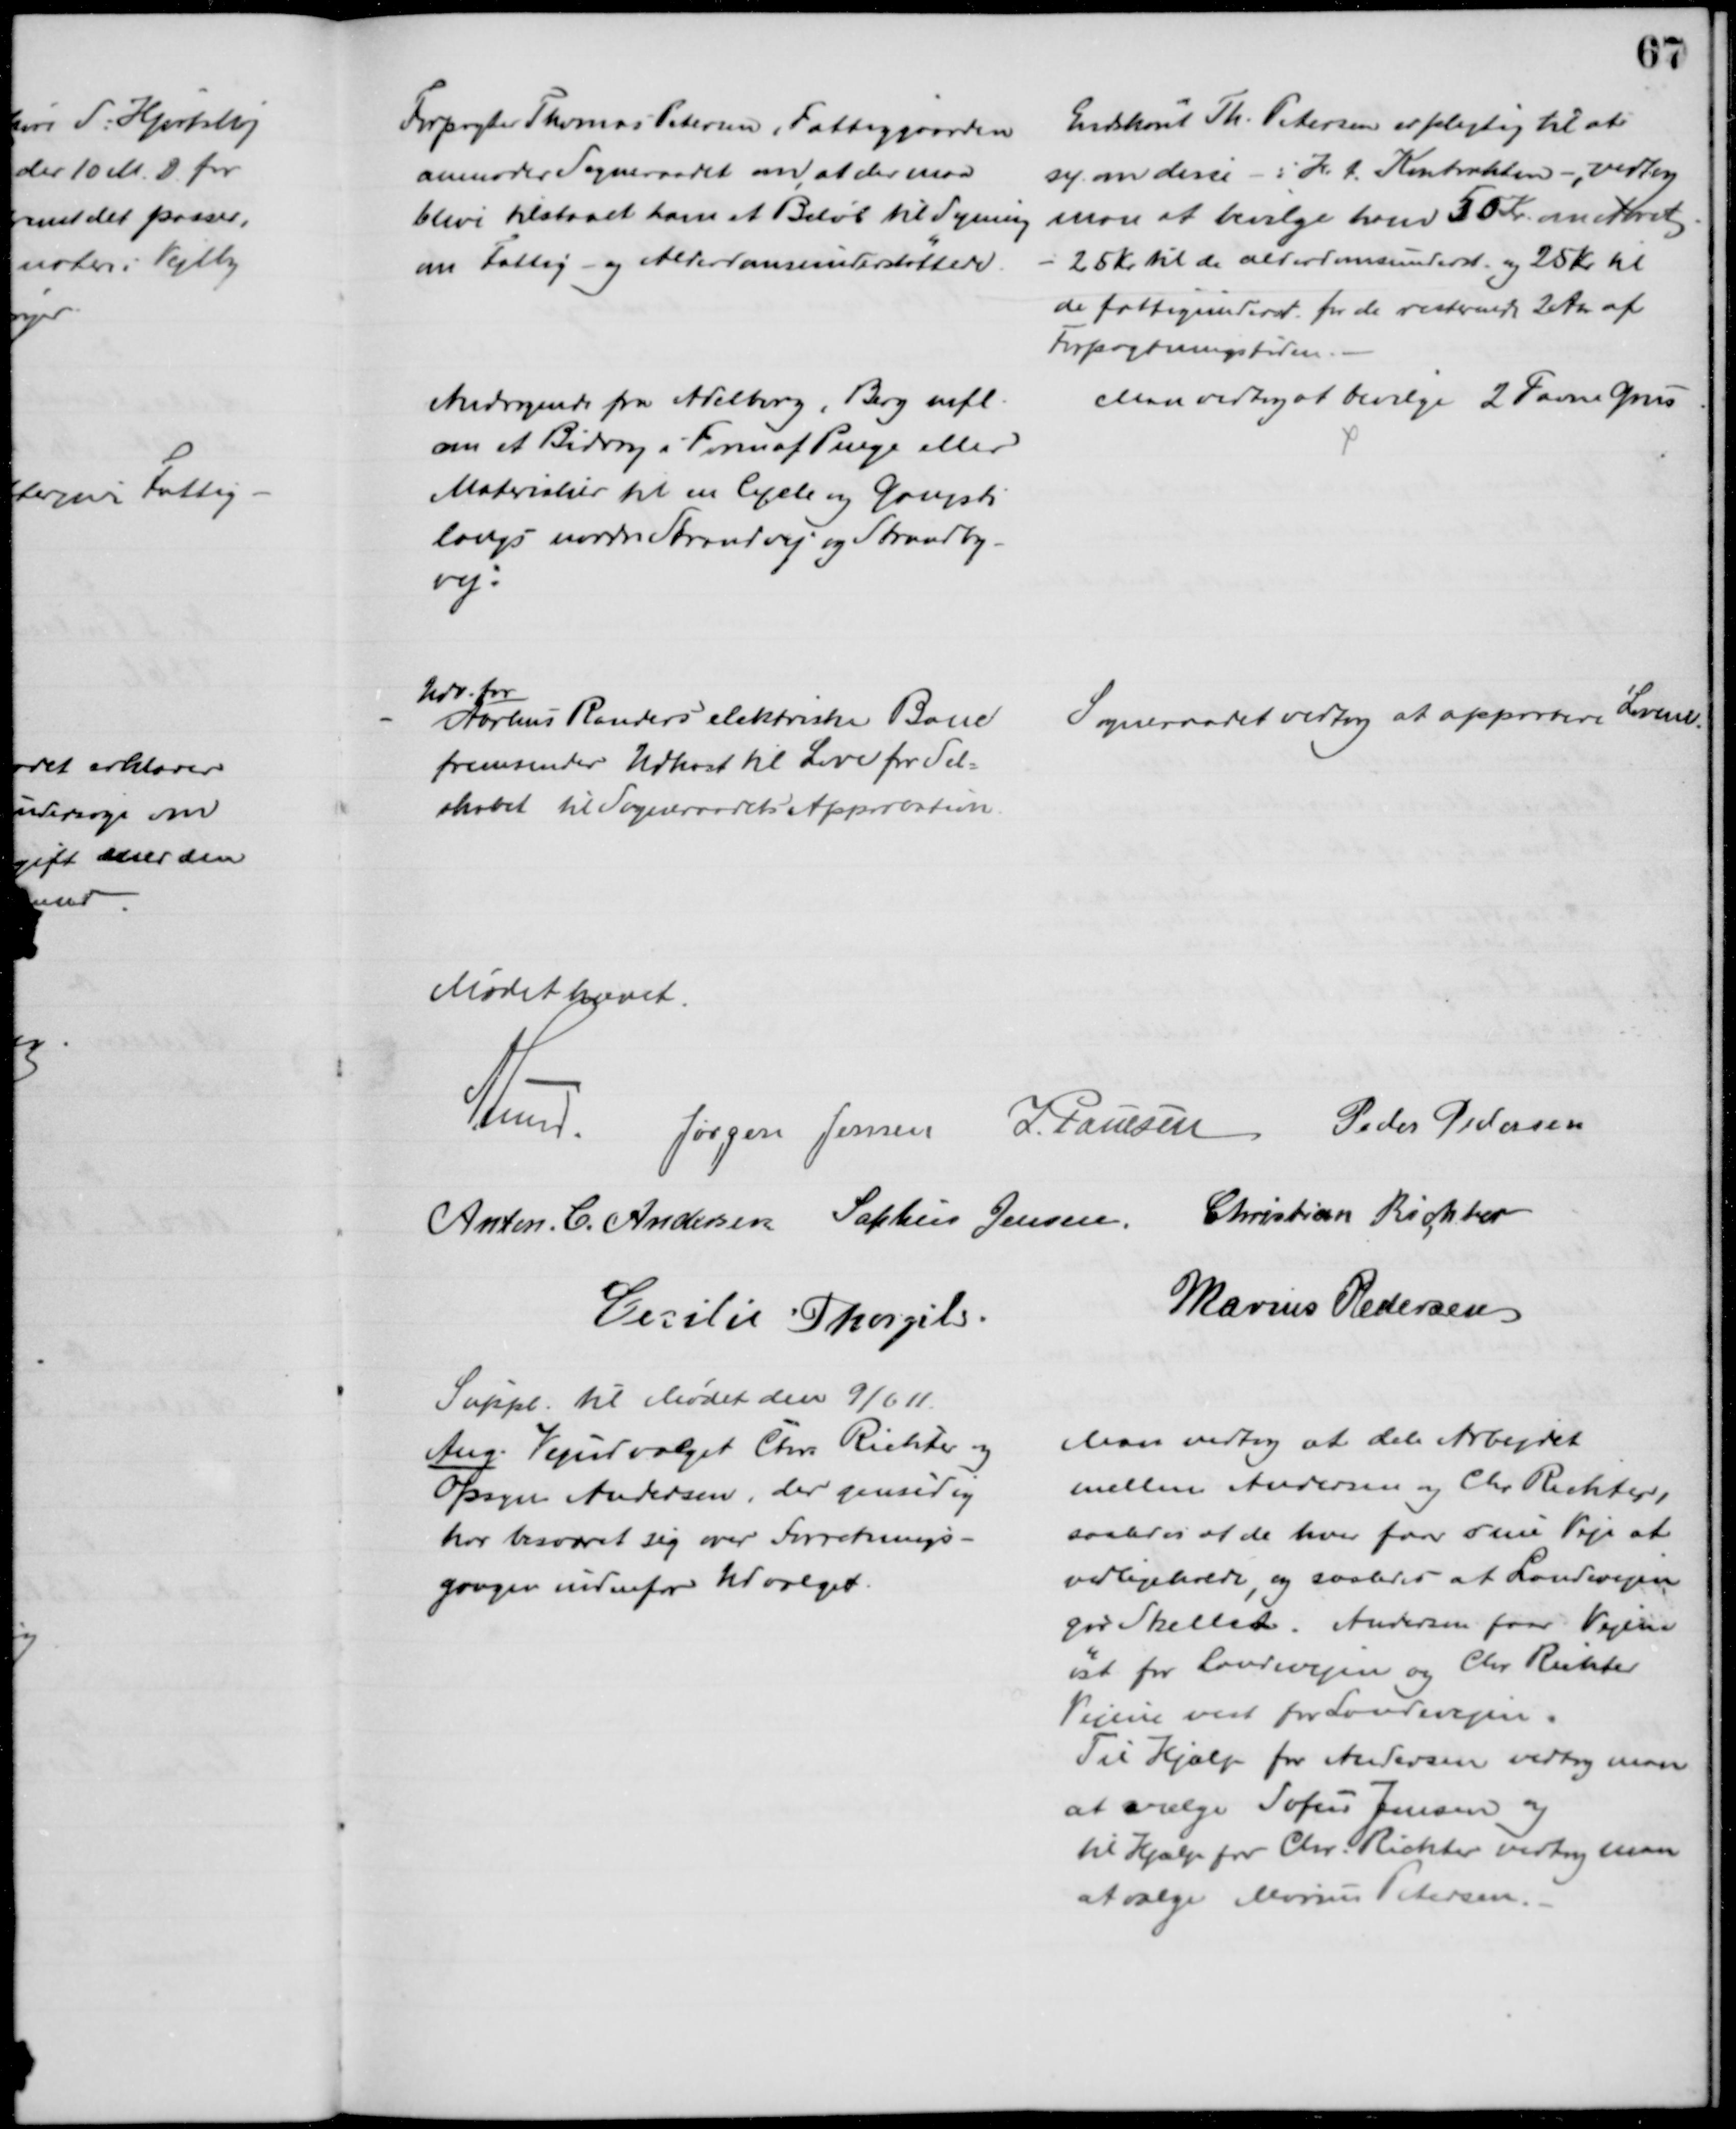
Transskription:
Forpagter Thomas Petersen, Fattiggaarden
anmoder Sogneraadet om, at der maa
blive tilstaaet ham et Beløb til Syning 
om Fattig- og Alderdomsunderstøttede.
Endskønt Th. Petersen er pligtig til at
sy om disse - i H. t. Kontrakten - vedtog
man at bevilge ham 50 Kr. om Aaret
25 Kr. til de alderdomsunderst og 25 Kr. til
de fattigunderst for de resterende 2 Aar af
Forpagtningstiden.
Andragende fra Adelborg, Berg mfl.
om et Bidrag i Form af Penge eller
Materialier til en Cycle og Gangsti
langs nordre Strandvej og Strandby-
vej.
Man vedtog at bevilge 2 Favne Grus
Udv. for
Aarhus Randers elektriske Bane
fremsender Udkast til Love for Sel-
skabet til Sogneraadets Approbation.
Sogneraadet vedtog at approbere Lovene.
Mødet hævet.
A. Lund. Jørgen Jensen J. Poulsen Peder Pedersen
Anton. C. Andersen Sophus Jensen. Christian Richter
Cecilie Thorgils.
Marius Pedersen
Suppl. til Mødet den 9/6 11.
Ang. Vejudvalget Chr. Richter og
Opsyn Andersen, der gensidig
har besværet sig over Forretnings=
gangen indenfor Udvalget.
Man vedtog at dele Arbejdet
mellem Andersen og Chr. Richter,
saaledes at de hver faar sine Veje at
vedligeholde, og saaledes at Landevejen
gør Skellet. Andersen faar Vejene
øst for Landevejen og Chr. Richter
Vejene vest for Landevejen.
Til Hjælp for Andersen vedtog man
at vælge Sofus Jensen og
til Hjælp for Chr. Richter vedtog man
at vælge Marius Petersen.